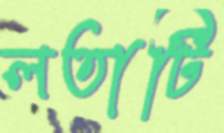
লতাটি